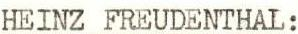
HEINZ FREUDENTHAL: